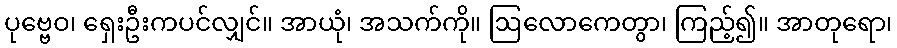
ပုဗ္ဗေဝ၊ ရှေးဦးကပင်လျှင်။ အာယုံ၊ အသက်ကို။ ဩလောကေတွာ၊ ကြည့်၍။ အာတုရော၊